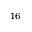
^ { 1 6 }